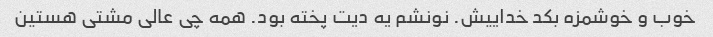
خوب و خوشمزه بکد خداییش. نونشم یه دیت پخته بود. همه چی عالی مشتی هستین